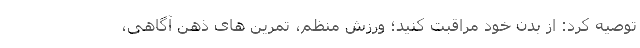
توصیه کرد: از بدن خود مراقبت کنید؛ ورزش منظم، تمرین های ذهن آگاهی،